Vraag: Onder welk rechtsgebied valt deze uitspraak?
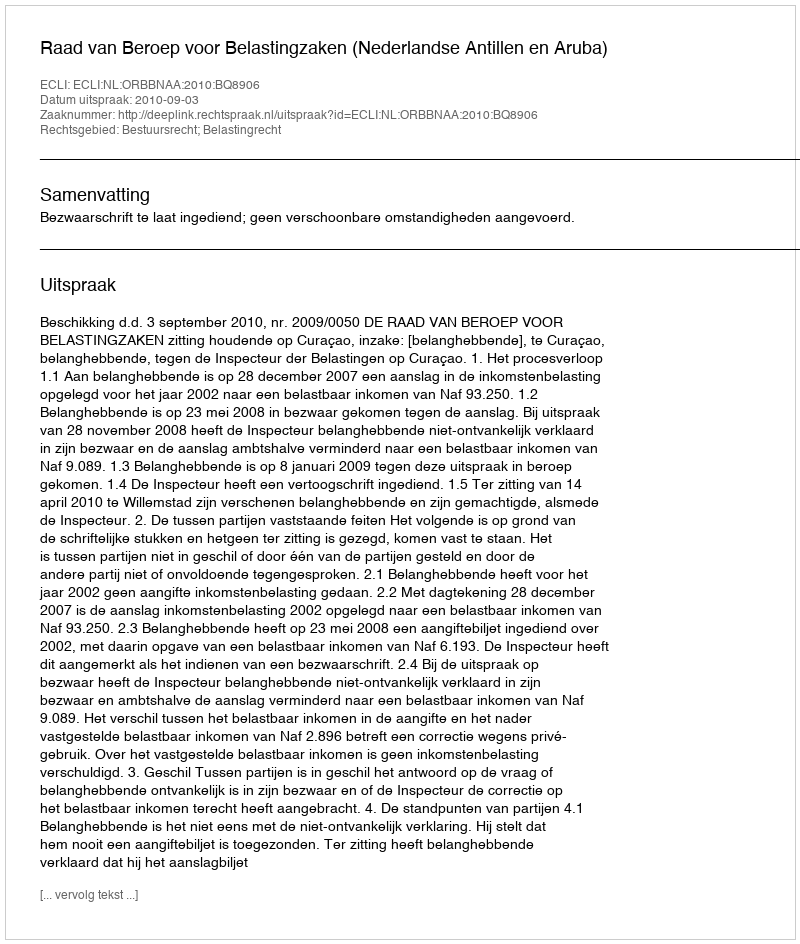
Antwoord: Bestuursrecht; Belastingrecht